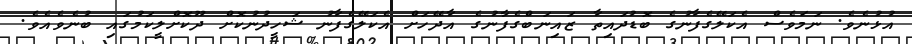
އުޅުނެވެ. ނަމަވެސް އެކަލޭގެފާނުގެ ބޮޑުދައިތާ ޒައިނަބްގެފާނުގެ އާދޭހަށް އެކަލޭގެފާނު ޝަހީދުނުކޮށް ދޫކޮށްލީކަމުގައި ބުނެވެއެވެ.